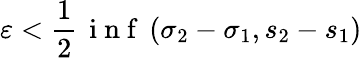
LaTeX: \varepsilon<\frac{1}{2}\, \mathrm{~i~n~f~}\, (\sigma_{2}-\sigma_{1},s_{2}-s_{1})